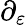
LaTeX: \partial_{\varepsilon}